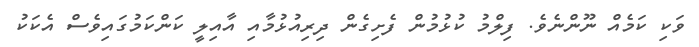
ވަކި ކަމެއް ނޫންނެވެ. ފިލްމު ކުޅުމުން ފެށިގެން ދިރިއުޅުމާއި އާއިލީ ކަންކަމުގައިވެސް އެކަކު